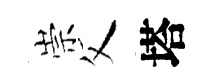
崇父塔